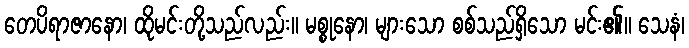
တေပိရာဇာနော၊ ထိုမင်းတို့သည်လည်း။ မစ္စုနော၊ များသော စစ်သည်ရှိသော မင်း၏။ သေနံ၊